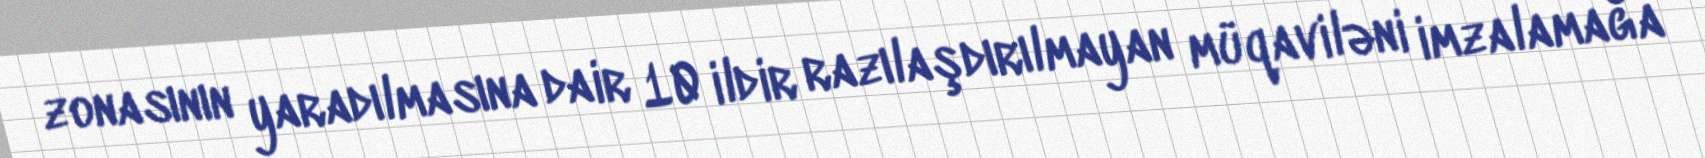
zonasının yaradılmasına dair 10 ildir razılaşdırılmayan müqaviləni imzalamağa